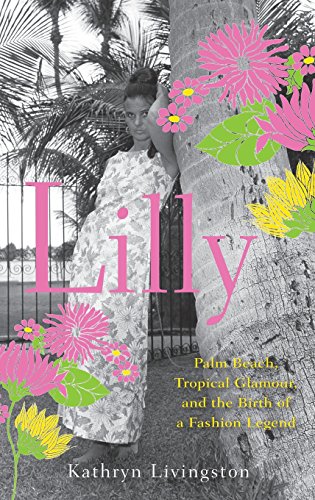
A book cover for Lilly: Palm Beach, Tropical Glamour, and the Birth of a Fashion Legend; Kathryn Livingston; Arts & Photography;